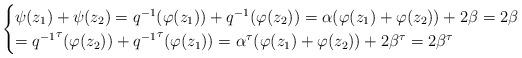
LaTeX: \begin{align*} \begin{cases} \psi (z_1)+\psi (z_2)=q^{-1} (\varphi (z_1))+q^{-1} (\varphi (z_2))= \alpha (\varphi (z_1)+\varphi (z_2))+2\beta =2\beta \cr ={q^{-1}}^{\tau} (\varphi (z_2))+{q^{-1}}^{\tau} (\varphi (z_1)) =\alpha^{\tau} (\varphi (z_1)+\varphi (z_2))+2\beta^{\tau} =2\beta^{\tau} \end{cases} \end{align*}